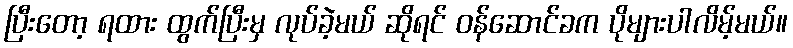
ပြီးတော့ ရထား ထွက်ပြီးမှ လုပ်ခဲ့မယ် ဆိုရင် ဝန်ဆောင်ခက ပိုများပါလိမ့်မယ်။